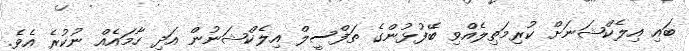
ބައި އިލެކްޝަނަށް ކުރިމަތިލެއްވި ބޭފުޅުންގެ ތަފްސީލް އިލެކްޝަނުން އަދި ހާމައެއް ނުކުރެ އެވެ.